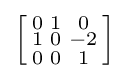
\left[{\begin{smallmatrix}0&1&0\\1&0&-2\\0&0&1\\\end{smallmatrix}}\right]